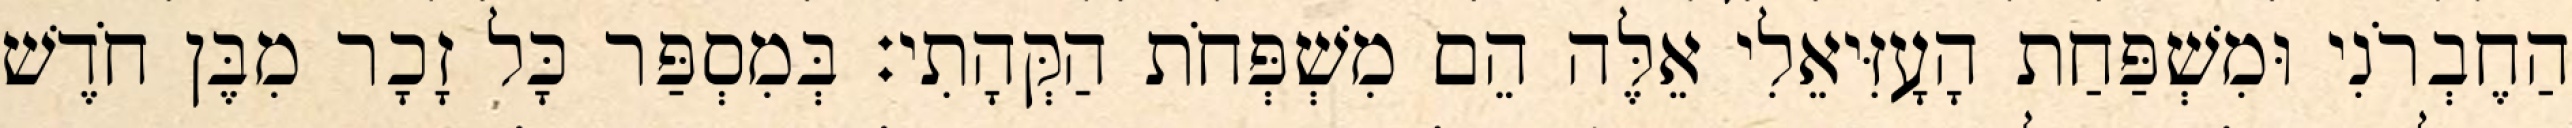
הַחֶבְרֹנִי וּמִשְׁפַּחַת הָעָזִּיאֵלִי אֵלֶּה הֵם מִשְׁפְּחֹת הַקְּהָתִי׃ בְּמִסְפַּר כָּל זָכָר מִבֶּן חֹדֶשׁ